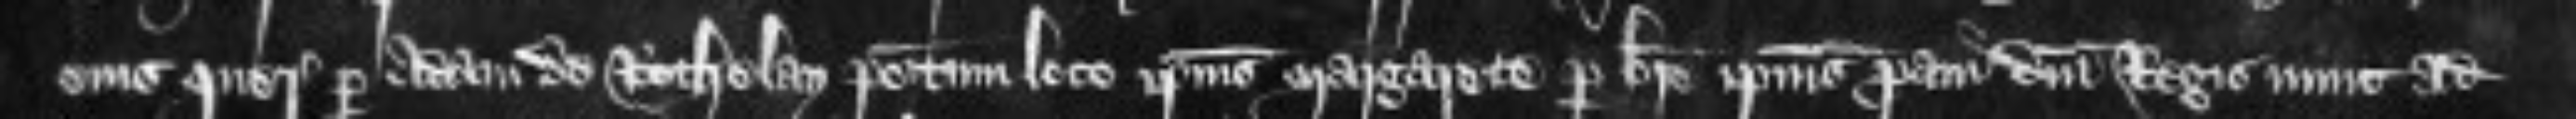
suis querentes per Adam de Rotheley positum loco ipsius Margarete per breve ipsius proavi domini Regis nunc ad